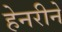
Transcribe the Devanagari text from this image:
हेनरीने